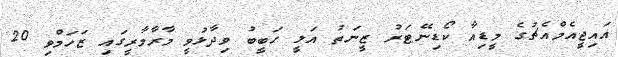
އައިޖީއެމްއެޗުގެ މީޑިއާ ކޯޑިނޭޓަރު ޒީނަތު އަލީ ހަބީބު ވިދާޅުވީ މާރާމާރީގައި ޒަހަމްވި 20